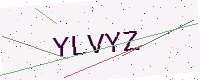
Text: YLVYZ